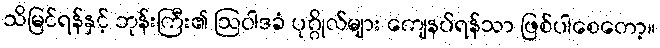
သိမြင်ရန်နှင့် ဘုန်းကြီး၏ ဩဝါဒခံ ပုဂ္ဂိုလ်များ ကျေနပ်ရန်သာ ဖြစ်ပါစေတော့။